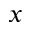
x